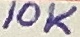
Text: 10K